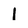
Character: l